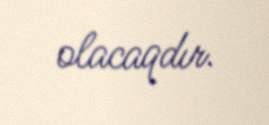
olacaqdır.